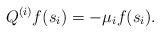
LaTeX: \begin{align*}Q^{(i)}f(s_i)=-\mu_i f(s_i).\end{align*}